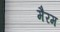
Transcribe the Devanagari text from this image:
मैरम